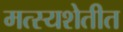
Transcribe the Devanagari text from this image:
मत्स्यशेतीत